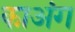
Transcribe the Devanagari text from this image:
काअंग